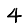
Digit: 4